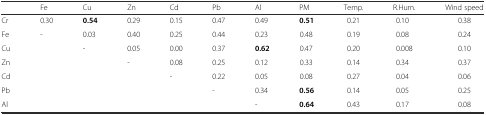
<table><thead><tr><td></td><td><b>Fe</b></td><td><b>Cu</b></td><td><b>Zn</b></td><td><b>Cd</b></td><td><b>Pb</b></td><td><b>Al</b></td><td><b>PM</b></td><td><b>Temp.</b></td><td><b>R.Hum.</b></td><td><b>Wind speed</b></td></tr></thead><tbody><tr><td>Cr</td><td>0.30</td><td><b>0.54</b></td><td>0.29</td><td>0.15</td><td>0.47</td><td>0.49</td><td><b>0.51</b></td><td>0.21</td><td>0.10</td><td>0.38</td></tr><tr><td>Fe</td><td>-</td><td>0.03</td><td>0.40</td><td>0.25</td><td>0.44</td><td>0.23</td><td>0.48</td><td>0.19</td><td>0.08</td><td>0.24</td></tr><tr><td>Cu</td><td></td><td>-</td><td>0.05</td><td>0.00</td><td>0.37</td><td><b>0.62</b></td><td>0.47</td><td>0.20</td><td>0.008</td><td>0.10</td></tr><tr><td>Zn</td><td></td><td></td><td>-</td><td>0.08</td><td>0.25</td><td>0.12</td><td>0.33</td><td>0.14</td><td>0.34</td><td>0.37</td></tr><tr><td>Cd</td><td></td><td></td><td></td><td>-</td><td>0.22</td><td>0.05</td><td>0.08</td><td>0.27</td><td>0.04</td><td>0.06</td></tr><tr><td>Pb</td><td></td><td></td><td></td><td></td><td>-</td><td>0.34</td><td><b>0.56</b></td><td>0.14</td><td>0.05</td><td>0.25</td></tr><tr><td>Al</td><td></td><td></td><td></td><td></td><td></td><td>-</td><td><b>0.64</b></td><td>0.43</td><td>0.17</td><td>0.08</td></tr></tbody></table>